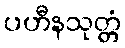
ပဟီနသုတ္တံ